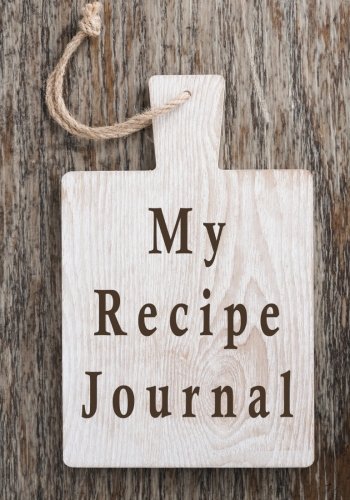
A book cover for My Recipe Journal: Blank Cookbook, 7 x 10, 111 Pages; My Recipe Journal; Cookbooks, Food & Wine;